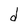
Character: d